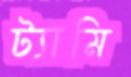
ট্যামি